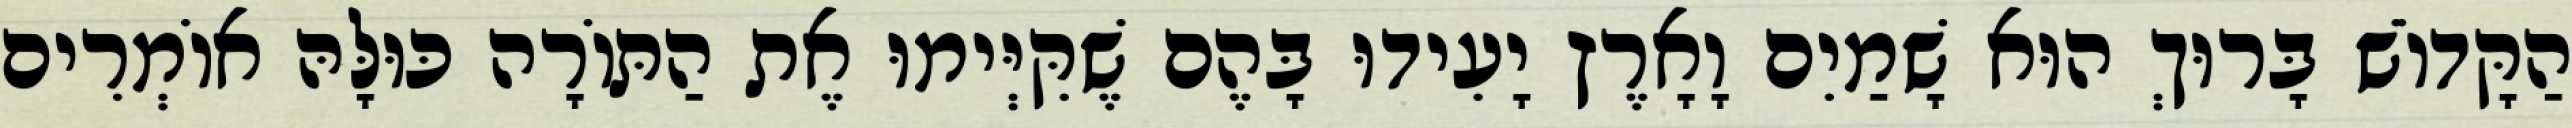
הַקָּדוֹשׁ בָּרוּךְ הוּא שָׁמַיִם וָאָרֶץ יָעִידוּ בָּהֶם שֶׁקִּיְּימוּ אֶת הַתּוֹרָה כּוּלָּהּ אוֹמְרִים